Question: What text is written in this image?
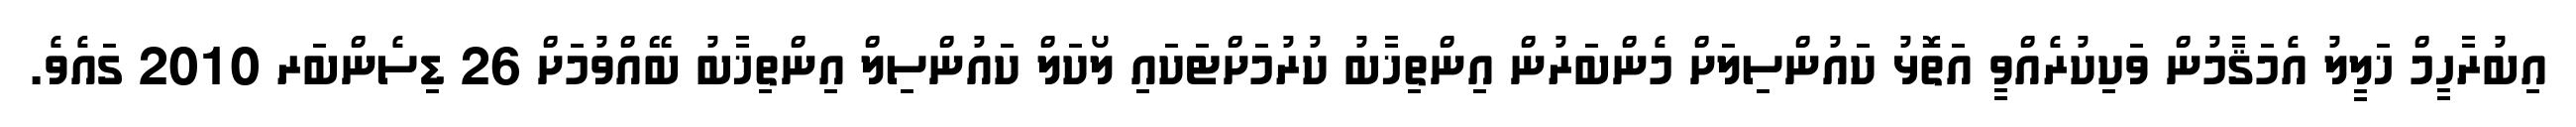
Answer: އިބުރާހީމް ޚަލީލު އެމަޤާމުން ވަކިކުރެއްވީ އަތޮޅު ކައުންސިލަށް މެންބަރުން އިންތިޚާބު ކުރުމަށްޓަކައި ލޯކަލް ކައުންސިލް އިންތިޚާބު ބޭއްވުމަށް 26 ޑިސެންބަރ 2010 ގައެވެ.